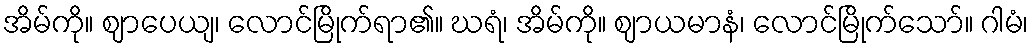
အိမ်ကို။ ဈာပေယျ၊ လောင်မြိုက်ရာ၏။ ဃရံ၊ အိမ်ကို။ ဈာယမာနံ၊ လောင်မြိုက်သော်။ ဂါမံ၊